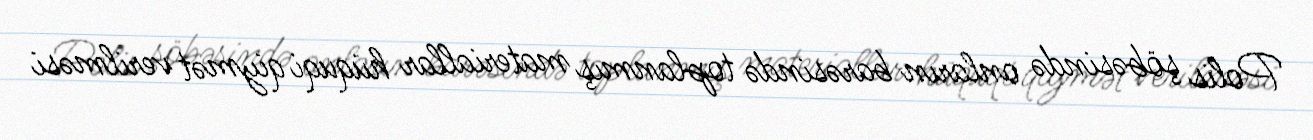
Polis şöbəsində onların barəsində toplanmış materiallar hüquqi qiymət verilməsi